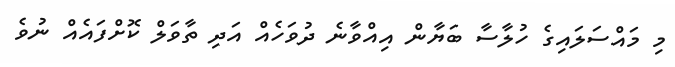
މި މައްސަލައިގެ ހުލާސާ ބަޔާން އިއްވާނެ ދުވަހެއް އަދި ތާވަލް ކޮށްފައެއް ނުވެ